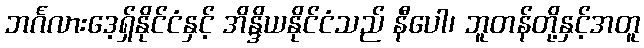
ဘင်္ဂလားဒေ့ရှ်နိုင်ငံနှင့် အိန္ဒိယနိုင်ငံသည် နီပေါ၊ ဘူတန်တို့နှင့်အတူ